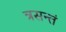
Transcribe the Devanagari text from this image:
त्रसन्तं